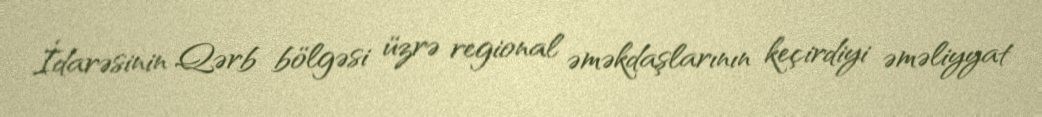
İdarəsinin Qərb bölgəsi üzrə regional əməkdaşlarının keçirdiyi əməliyyat